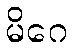
မိဂေ